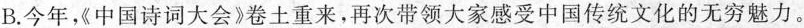
B.今年《中国诗词大会》卷土重来，再次带领大家感受中国传统文化的无穷魅力。